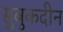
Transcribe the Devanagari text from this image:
सुबुकदीन